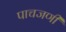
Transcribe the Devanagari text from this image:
पाचजणी